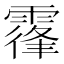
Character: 𩄦